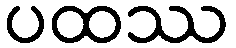
ပထဿ